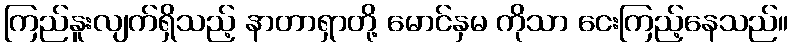
ကြည်နူးလျက်ရှိသည့် နာတာရှာတို့ မောင်နှမ ကိုသာ ငေးကြည့်နေသည်။